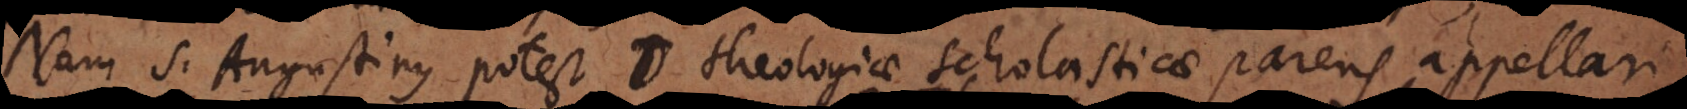
Nam S. Augustinus potest jure theologiae Scholasticae parens appellari,